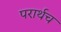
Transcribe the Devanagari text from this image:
परार्थच